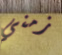
زمني